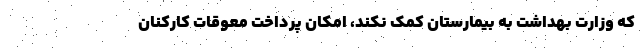
که وزارت بهداشت به بیمارستان کمک نکند، امکان پرداخت معوقات کارکنان